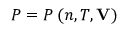
P = P \left( n , T , \mathbf { V } \right)